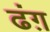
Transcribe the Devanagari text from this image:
ढंग़